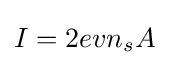
I=2evn_{s}A